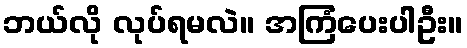
ဘယ်လို လုပ်ရမလဲ။ အကြံပေးပါဦး။